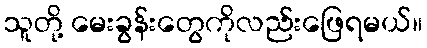
သူတို့ မေးခွန်းတွေကိုလည်းဖြေရမယ်။